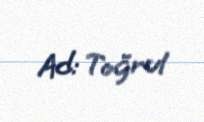
Ad: Toğrul